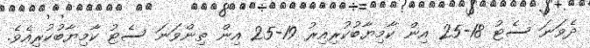
ދެވަނަ ސެޓު 18-25 އިން ކާމިޔާބުކުރިއިރު 19-25 އިން ތިންވަނަ ސެޓު ކާމިޔާބުކުރިއެވެ.